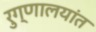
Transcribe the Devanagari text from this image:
रुग्णालयांत